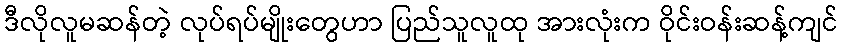
ဒီလိုလူမဆန်တဲ့ လုပ်ရပ်မျိုးတွေဟာ ပြည်သူလူထု အားလုံးက ဝိုင်းဝန်းဆန့်ကျင်